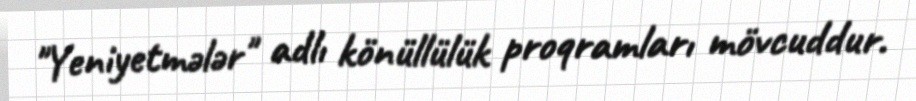
"Yeniyetmələr" adlı könüllülük proqramları mövcuddur.